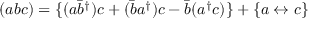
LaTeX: ( a b c ) = \{ ( a \bar { b } ^ { \dagger } ) c + ( \bar { b } a ^ { \dagger } ) c - \bar { b } ( a ^ { \dagger } c ) \} + \{ a \leftrightarrow c \}